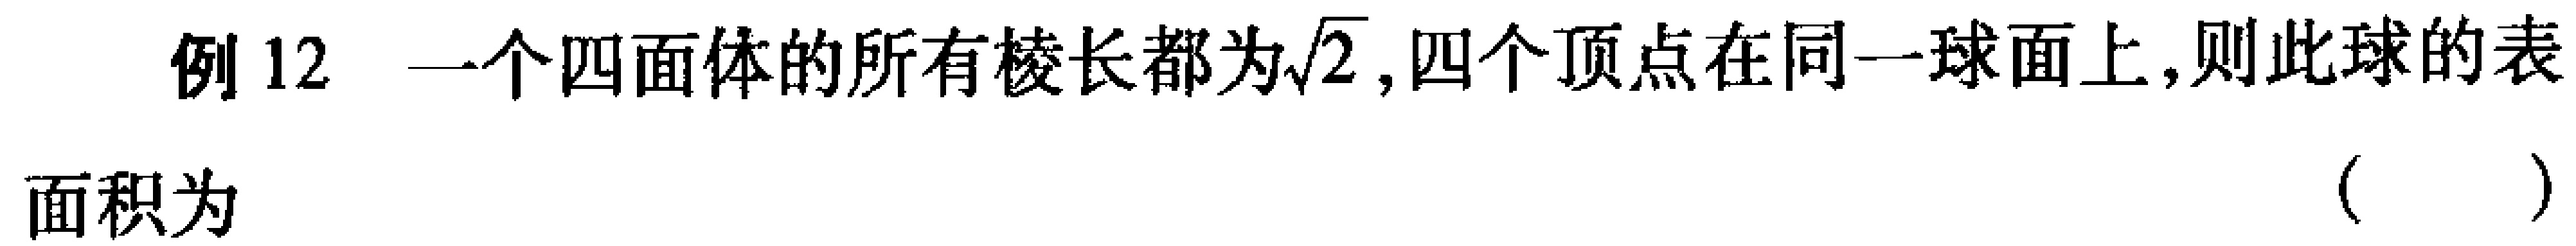
例12 一个四面体的所有棱长都为$\sqrt{2}$,四个顶点在同一球面上,则此球的表
面积为 （  ）